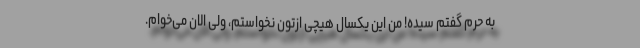
به حرم گفتم سیده! من این یکسال هیچی ازتون نخواستم، ولی الان می‌خوام.